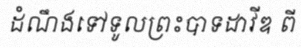
ដំណឹងទៅទូលព្រះបាទដាវីឌ ពី